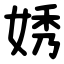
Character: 㛢